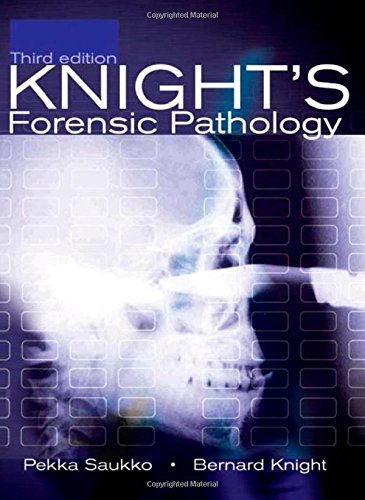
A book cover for Knight's Forensic Pathology, 3Ed (Saukko, Knight's Forensic Pathology); Pekka Saukko; Law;